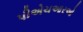
પીએચઆરઓ